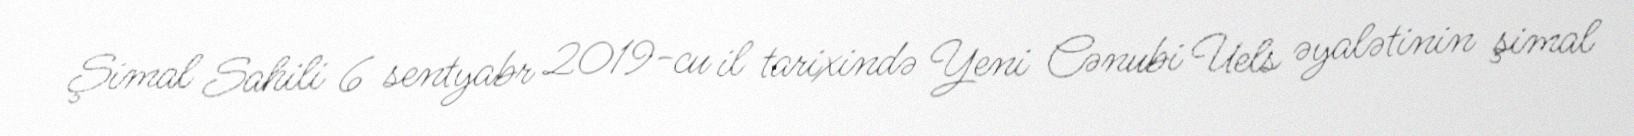
Şimal Sahili 6 sentyabr 2019-cu il tarixində Yeni Cənubi Uels əyalətinin şimal